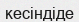
кесіндіде